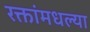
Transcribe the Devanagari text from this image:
रक्तांमधल्या